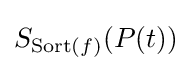
S_{{\text{Sort}}(f)}(P(t))